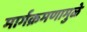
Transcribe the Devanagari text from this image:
मार्गक्रमणामुळे